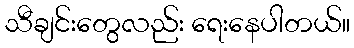
သီချင်းတွေလည်း ရေးနေပါတယ်။